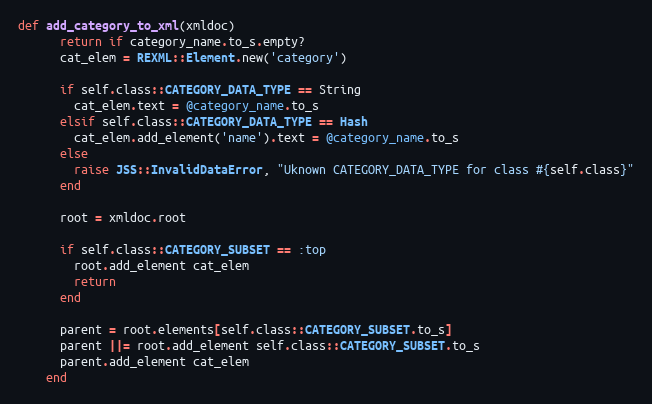
Language: Ruby
def add_category_to_xml(xmldoc)
      return if category_name.to_s.empty?
      cat_elem = REXML::Element.new('category')

      if self.class::CATEGORY_DATA_TYPE == String
        cat_elem.text = @category_name.to_s
      elsif self.class::CATEGORY_DATA_TYPE == Hash
        cat_elem.add_element('name').text = @category_name.to_s
      else
        raise JSS::InvalidDataError, "Uknown CATEGORY_DATA_TYPE for class #{self.class}"
      end

      root = xmldoc.root

      if self.class::CATEGORY_SUBSET == :top
        root.add_element cat_elem
        return
      end

      parent = root.elements[self.class::CATEGORY_SUBSET.to_s]
      parent ||= root.add_element self.class::CATEGORY_SUBSET.to_s
      parent.add_element cat_elem
    end